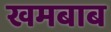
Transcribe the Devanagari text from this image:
खमबाब